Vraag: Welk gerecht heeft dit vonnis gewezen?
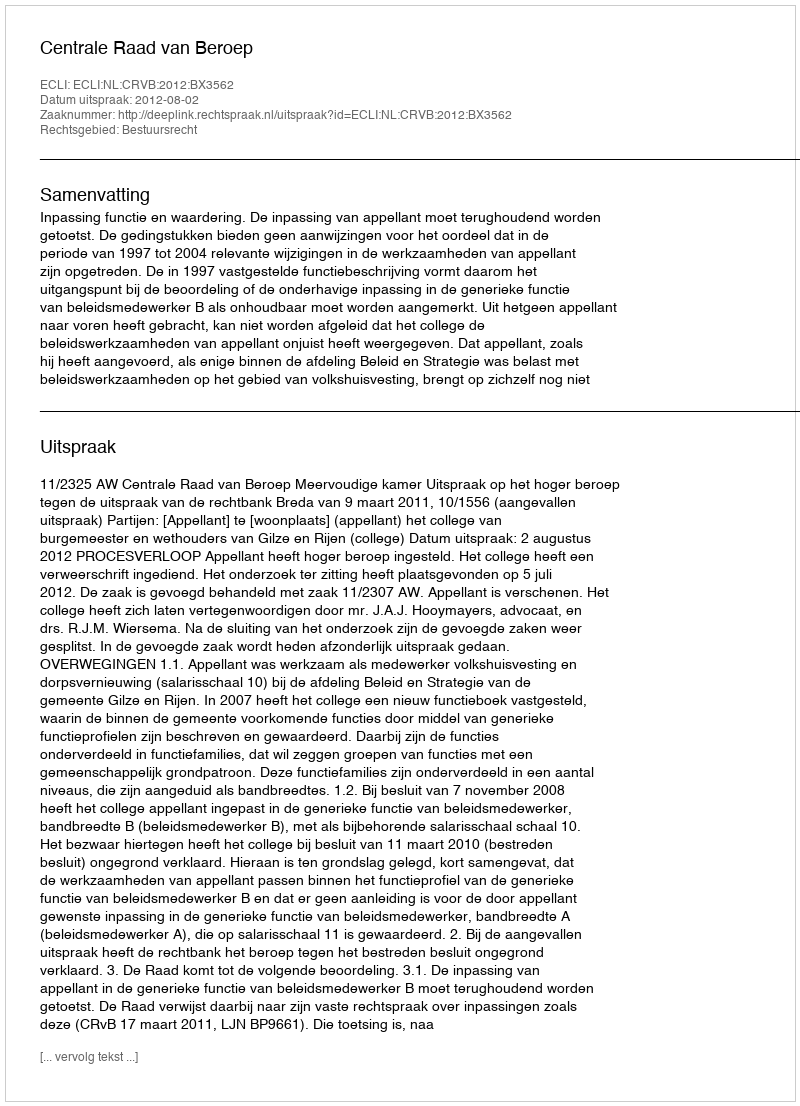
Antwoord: Centrale Raad van Beroep